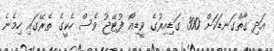
އަދި ގާތްގަނޑަކަށް 300 ގަޑިއިރުގެ ވީޑިއޯ ފުޓޭޖު ވެސް ހެކީގެ ތެރޭގައި ހިމެެނެ